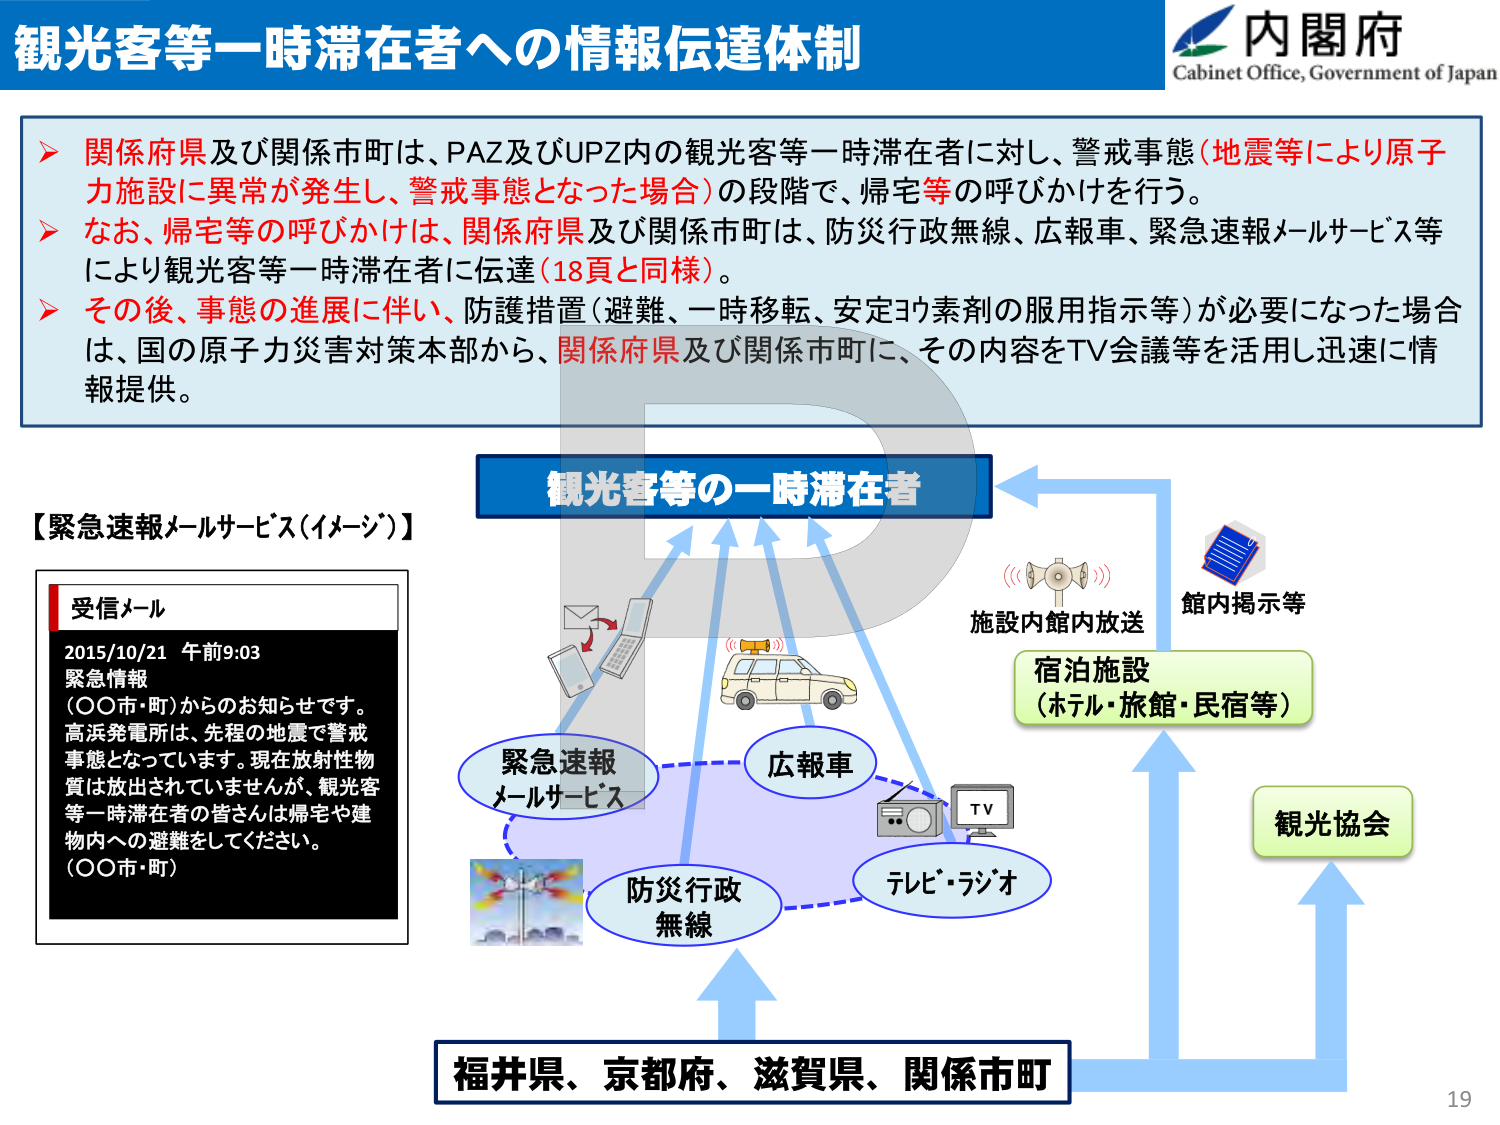
観光客等一時滞在者への情報伝達体制
内閣府
Cabinet Office, Government of Japan

▶ 関係府県及び関係市町は、PAZ及びUPZ内の観光客等一時滞在者に対し、警戒事態（地震等により原子力施設に異常が発生し、警戒事態となった場合）の段階で、帰宅等の呼びかけを行う。
▶ なお、帰宅等の呼びかけは、関係府県及び関係市町は、防災行政無線、広報車、緊急速報メールサービス等により観光客等一時滞在者に伝達（18頁と同様）。
▶ その後、事態の進展に伴い、防護措置（避難、一時移転、安定ヨウ素剤の服用指示等）が必要になった場合は、国の原子力災害対策本部から、関係府県及び関係市町に、その内容をTV会議等を活用し迅速に情報提供。

【緊急速報メールサービス（イメージ）】
受信メール
2015/10/21 午前9:03
緊急情報
（○○市・町）からのお知らせです。
高浜発電所は、先程の地震で警戒事態となっています。現在放射性物質は放出されていませんが、観光客等一時滞在者の皆さんは帰宅や建物内への避難をしてください。
（○○市・町）

観光客等の一時滞在者
緊急速報メールサービス
広報車
防災行政無線
テレビ・ラジオ
施設内館内放送
館内掲示等
宿泊施設（ホテル・旅館・民宿等）
観光協会
福井県、京都府、滋賀県、関係市町
19